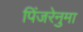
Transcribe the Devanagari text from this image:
पिंजरेनुमा